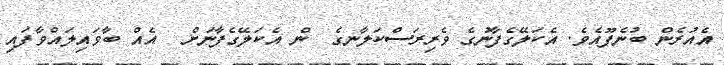
އެއުރެން ބުނެފޫއެވެ. އެކަލޭގެފާނުގެ ވެރިރަސްކަލާނގެ  ން އެކަލޭގެފާނަށް  އެއް ބާވައިލައްވާފައި